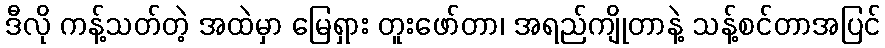
ဒီလို ကန့်သတ်တဲ့ အထဲမှာ မြေရှား တူးဖော်တာ၊ အရည်ကျိုတာနဲ့ သန့်စင်တာအပြင်